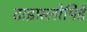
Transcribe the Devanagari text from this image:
टाइफ़्लोपिडे